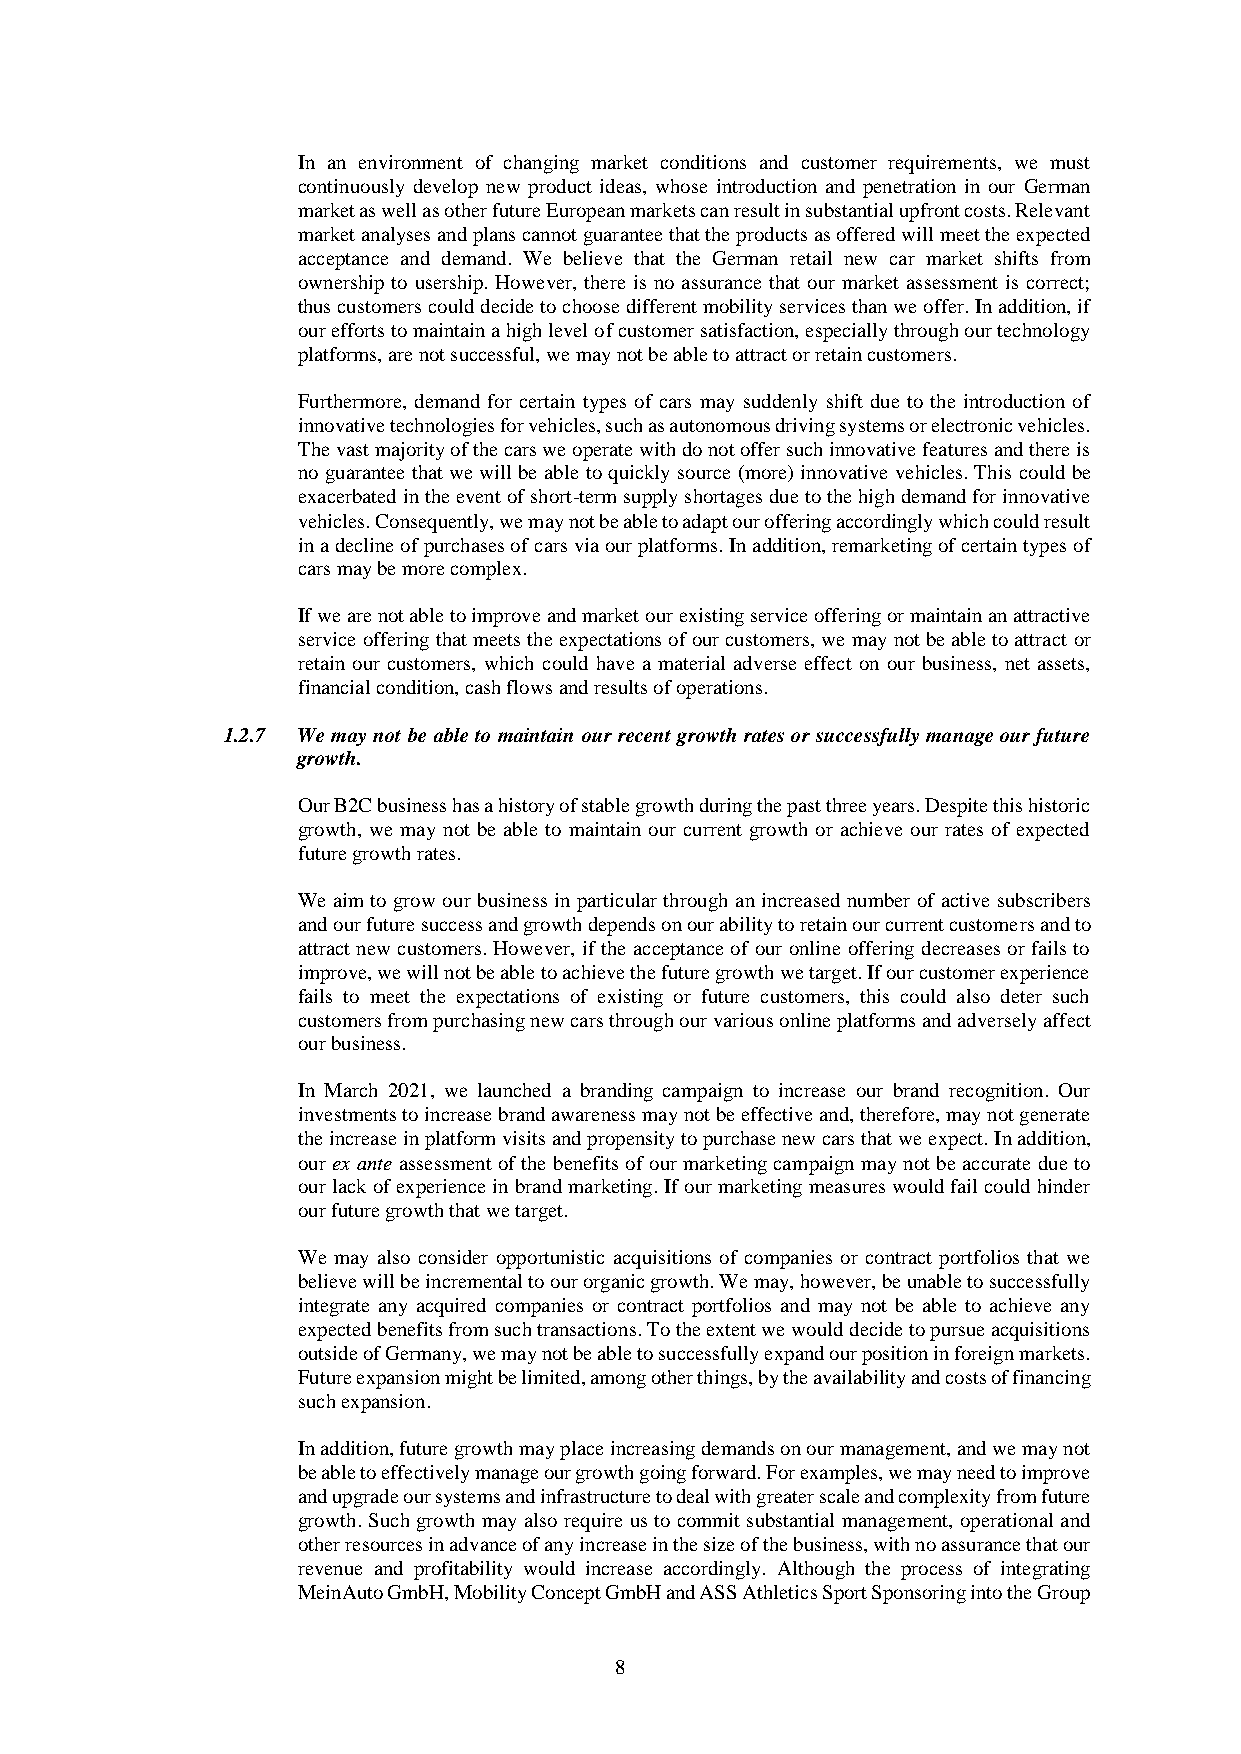
In an environment of changing market conditions and customer requirements, we must
 continuously develop new product ideas, whose introduction and penetration in our German
 market as well as other future European markets can result in substantial upfront costs. Relevant
 market analyses and plans cannot guarantee that the products as offered will meet the expected
 acceptance and demand. We believe that the German retail new car market shifts from
 ownership to usership. However, there is no assurance that our market assessment is correct;
 thus customers could decide to choose different mobility services than we offer. In addition, if
 our efforts to maintain a high level of customer satisfaction, especially through our technology
 platforms, are not successful, we may not be able to attract or retain customers.
 Furthermore, demand for certain types of cars may suddenly shift due to the introduction of
 innovative technologies for vehicles, such as autonomous driving systems or electronic vehicles.
 The vast majority of the cars we operate with do not offer such innovative features and there is
 no guarantee that we will be able to quickly source (more) innovative vehicles. This could be
 exacerbated in the event of short-term supply shortages due to the high demand for innovative
 vehicles. Consequently, we may not be able to adapt our offering accordingly which could result
 in a decline of purchases of cars via our platforms. In addition, remarketing of certain types of
 cars may be more complex.
 If we are not able to improve and market our existing service offering or maintain an attractive
 service offering that meets the expectations of our customers, we may not be able to attract or
 retain our customers, which could have a material adverse effect on our business, net assets,
 financial condition, cash flows and results of operations.
 1.2.7 We may not be able to maintain our recent growth rates or successfully manage our future
 growth.
 Our B2C business has a history of stable growth during the past three years. Despite this historic
 growth, we may not be able to maintain our current growth or achieve our rates of expected
 future growth rates.
 We aim to grow our business in particular through an increased number of active subscribers
 and our future success and growth depends on our ability to retain our current customers and to
 attract new customers. However, if the acceptance of our online offering decreases or fails to
 improve, we will not be able to achieve the future growth we target. If our customer experience
 fails to meet the expectations of existing or future customers, this could also deter such
 customers from purchasing new cars through our various online platforms and adversely affect
 our business.
 In March 2021, we launched a branding campaign to increase our brand recognition. Our
 investments to increase brand awareness may not be effective and, therefore, may not generate
 the increase in platform visits and propensity to purchase new cars that we expect. In addition,
 our ex ante assessment of the benefits of our marketing campaign may not be accurate due to
 our lack of experience in brand marketing. If our marketing measures would fail could hinder
 our future growth that we target.
 We may also consider opportunistic acquisitions of companies or contract portfolios that we
 believe will be incremental to our organic growth. We may, however, be unable to successfully
 integrate any acquired companies or contract portfolios and may not be able to achieve any
 expected benefits from such transactions. To the extent we would decide to pursue acquisitions
 outside of Germany, we may not be able to successfully expand our position in foreign markets.
 Future expansion might be limited, among other things, by the availability and costs of financing
 such expansion.
 In addition, future growth may place increasing demands on our management, and we may not
 be able to effectively manage our growth going forward. For examples, we may need to improve
 and upgrade our systems and infrastructure to deal with greater scale and complexity from future
 growth. Such growth may also require us to commit substantial management, operational and
 other resources in advance of any increase in the size of the business, with no assurance that our
 revenue and profitability would increase accordingly. Although the process of integrating
 MeinAuto GmbH, Mobility Concept GmbH and ASS Athletics Sport Sponsoring into the Group
 8